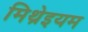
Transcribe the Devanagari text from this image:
मिथ्रेइयम